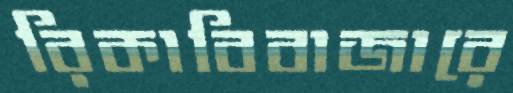
রিকাবিবাজারে